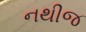
નથીજ